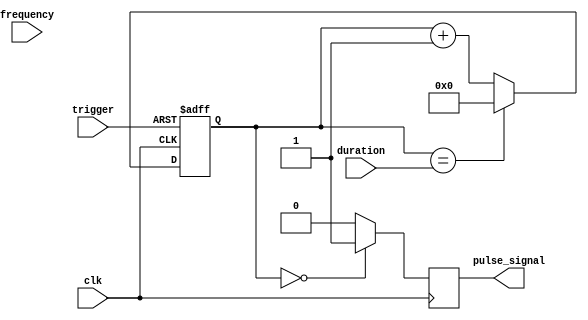
module Asynchronous_Pulse_Generator(
    input clk,          // Internal clock signal
    input trigger,      // External trigger signal
    input [7:0] duration,  // Duration of pulse signal
    input [7:0] frequency, // Frequency of pulse signal
    output reg pulse_signal // Output pulse signal
);

reg [7:0] count;

always @(posedge clk or posedge trigger)
begin
    if(trigger) begin
        count <= 8'b0;
    end else begin
        if(count == duration) begin
            count <= 8'b0;
        end else begin
            count <= count + 1;
        end
    end
end

always @(posedge clk)
begin
    if(count == 0) begin
        pulse_signal <= 1'b1;
    end else begin
        pulse_signal <= 1'b0;
    end
end

endmodule